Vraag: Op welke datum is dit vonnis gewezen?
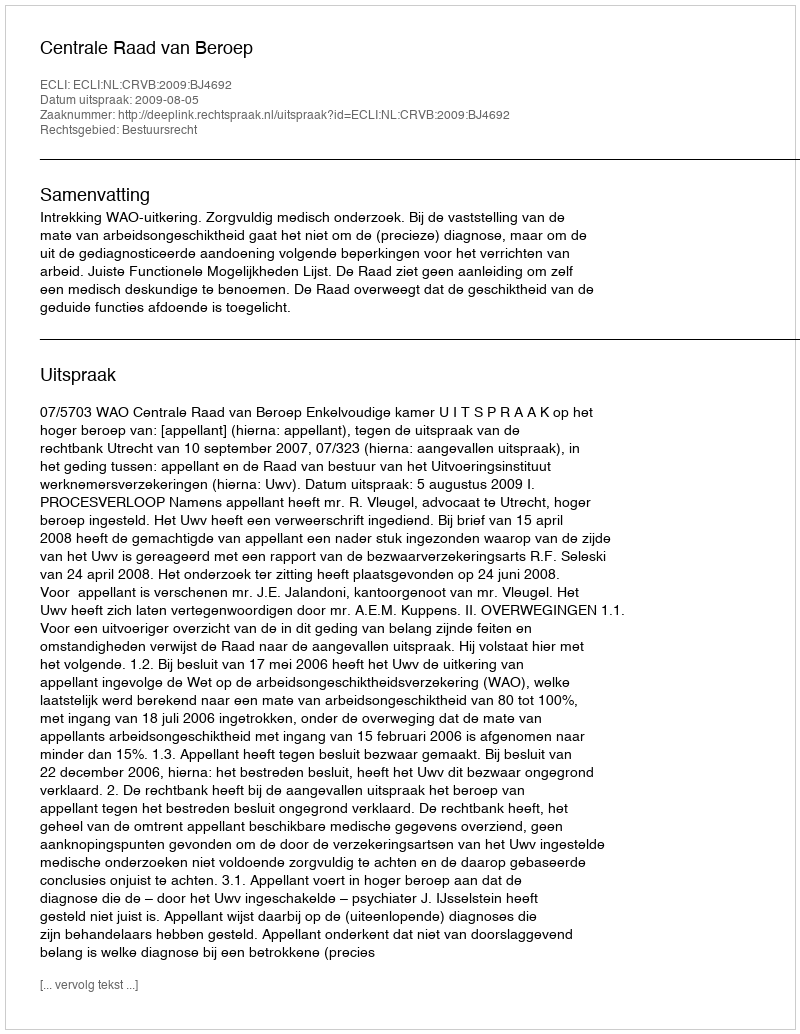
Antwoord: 2009-08-05